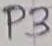
Text: P3